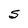
Character: S